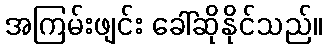
အကြမ်းဖျင်း ခေါ်ဆိုနိုင်သည်။